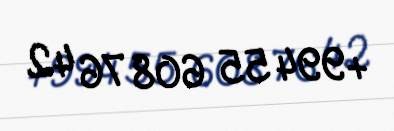
+994 55 608 76 42